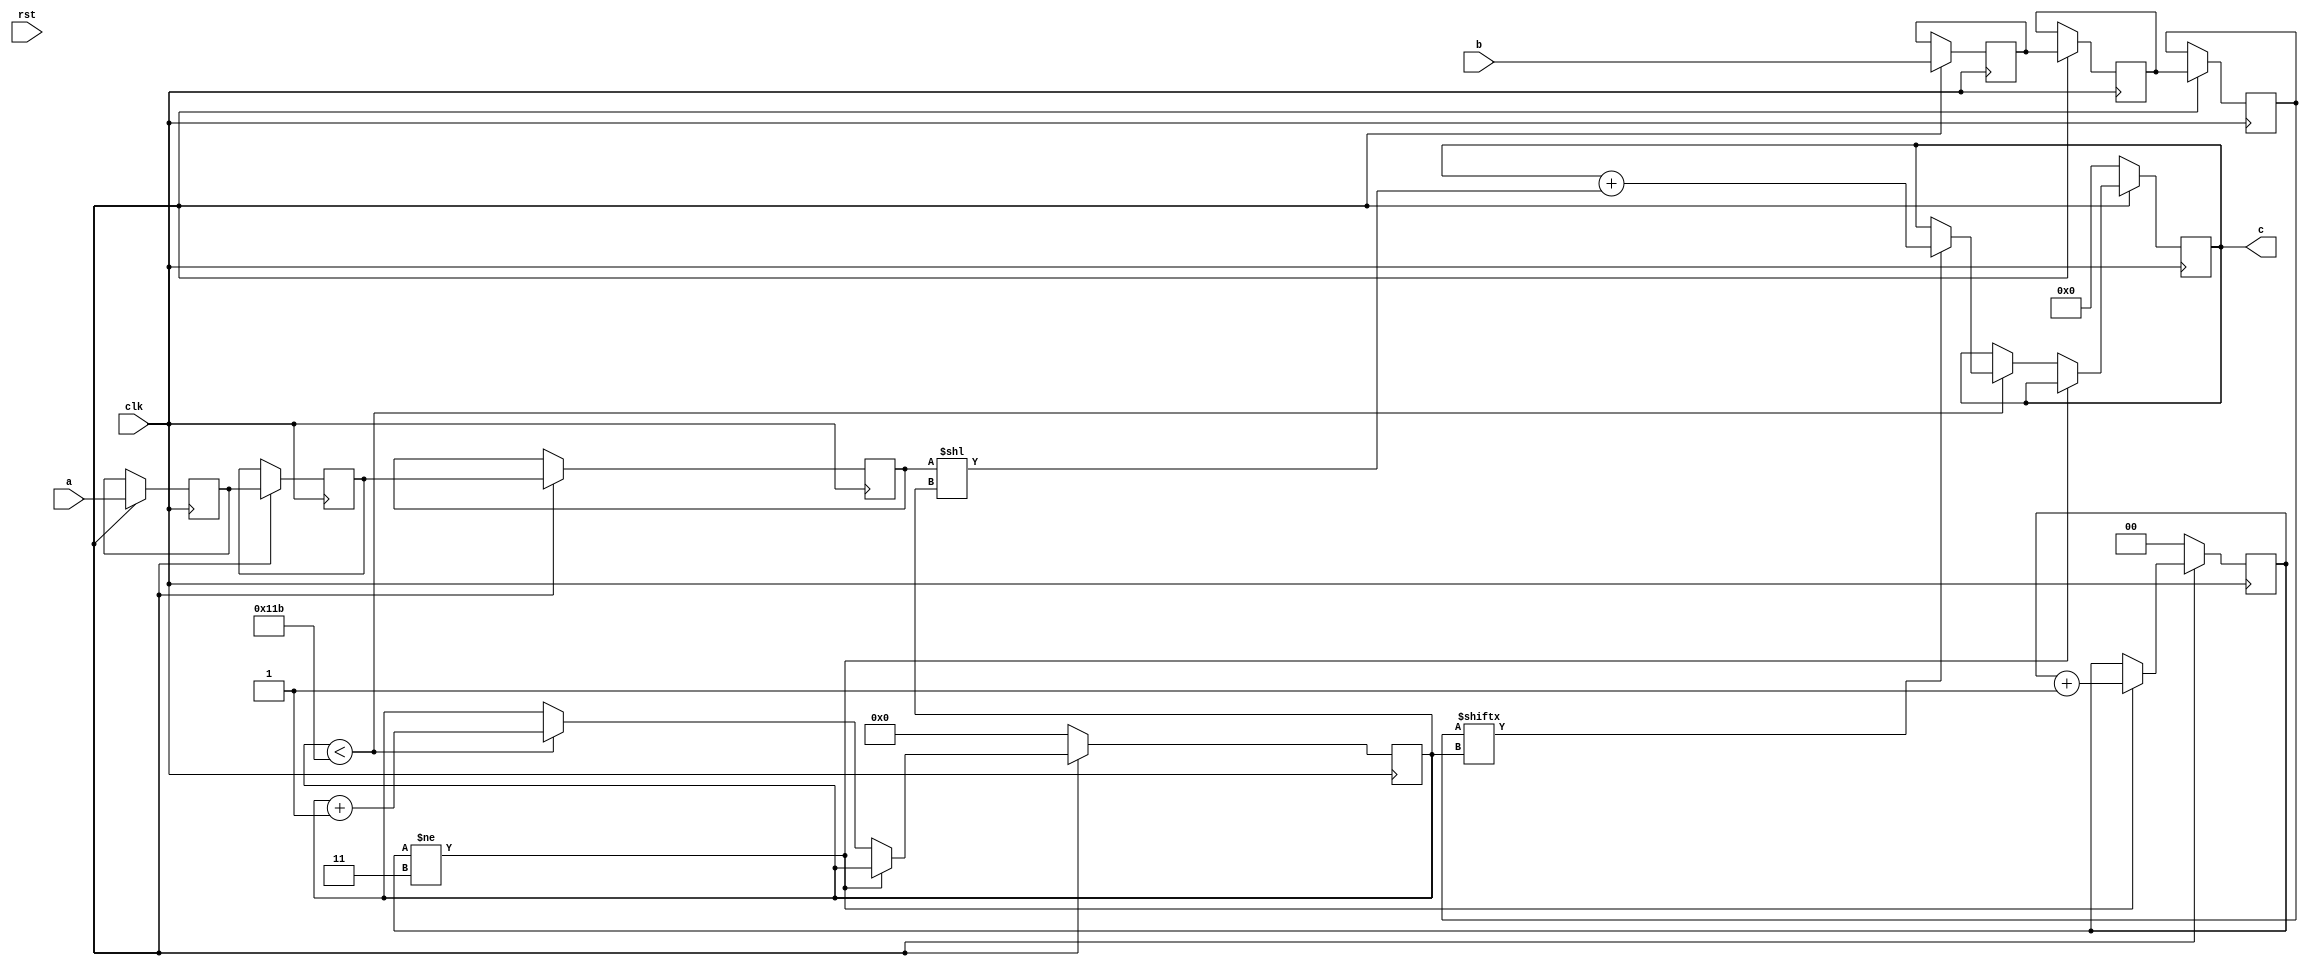
module schoolbook(clk, rst, a, b, c);
input clk;
input rst;
input [282:0] a;
input [282:0] b;
output reg [565:0] c;

reg [282:0] a_temp_3;
reg [282:0] b_temp_3;
reg [282:0] a_temp_2;
reg [282:0] b_temp_2;
reg [282:0] a_temp_1;
reg [282:0] b_temp_1;

reg  [8:0] count;
reg  [1:0] skip;

always @(posedge clk) begin
	if (rst_n == 1'b0) begin
		c <= 566'd0;
		count <= 9'd0;
		skip <= 2'd0;
	end
	else begin
		a_temp_1 <= a;
		b_temp_1 <= b;
		a_temp_2 <= a_temp_1;
		b_temp_2 <= b_temp_1;
		a_temp_3 <= a_temp_2;
		b_temp_3 <= b_temp_2;
		if (skip != 3) skip <= skip + 1;
		else begin
			if (count < 283) begin
				if (b_temp_3[count] == 1) begin
					c <= c + (a_temp_3 << count);
				end
				count <= count + 1;
			end
		end
	end
end
endmodule